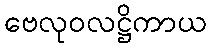
ဗေလုဝလဋ္ဌိကာယ